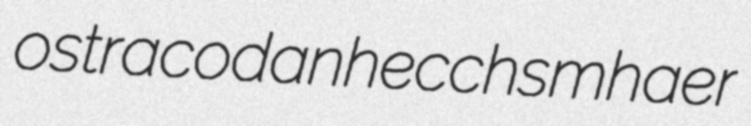
ostracodan hecchsmhaer